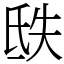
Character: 㲳